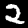
Digit: 2